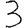
Digit: 3